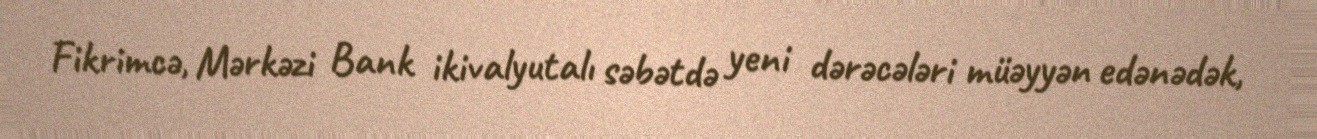
Fikrimcə, Mərkəzi Bank ikivalyutalı səbətdə yeni dərəcələri müəyyən edənədək,